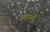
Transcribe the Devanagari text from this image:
यमनमें